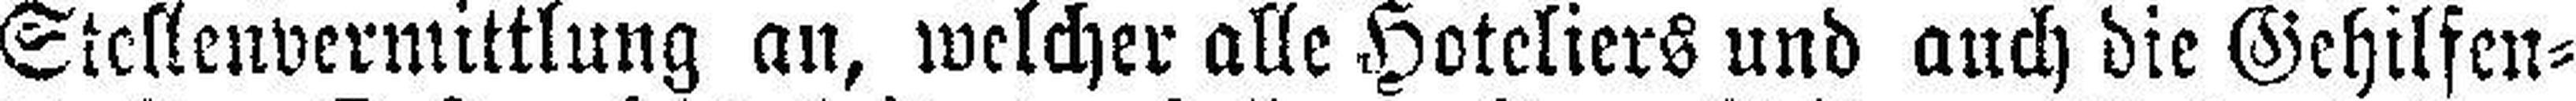
Stellenvermittlung an, welcher alle Hoteliers und auch die Gehilfen¬